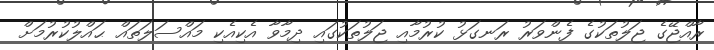
ރާއްޖޭގެ ޖަލުތަކުގެ ފެންވަރު ރަނގަޅު ކުރުމާއި ޖަލުތަކުގައި ދިމާވާ އެކިއެކި މައްސަލަތައް ޙައްލުކުރުމަށް